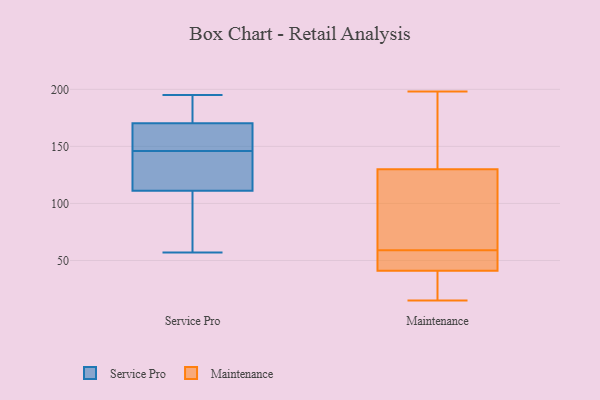
{"axis": {"x": "Inventory Turnover", "y": "Value"}, "legend": ["Maintenance", "Service Pro"], "data": [{"x": "", "y": 115, "type": "Service Pro"}, {"x": "", "y": 189, "type": "Service Pro"}, {"x": "", "y": 190, "type": "Service Pro"}, {"x": "", "y": 60, "type": "Service Pro"}, {"x": "", "y": 171, "type": "Service Pro"}, {"x": "", "y": 119, "type": "Service Pro"}, {"x": "", "y": 160, "type": "Service Pro"}, {"x": "", "y": 152, "type": "Service Pro"}, {"x": "", "y": 118, "type": "Service Pro"}, {"x": "", "y": 90, "type": "Service Pro"}, {"x": "", "y": 57, "type": "Service Pro"}, {"x": "", "y": 160, "type": "Service Pro"}, {"x": "", "y": 140, "type": "Service Pro"}, {"x": "", "y": 195, "type": "Service Pro"}, {"x": "", "y": 99, "type": "Service Pro"}, {"x": "", "y": 170, "type": "Service Pro"}, {"x": "", "y": 146, "type": "Service Pro"}, {"x": "", "y": 40, "type": "Maintenance"}, {"x": "", "y": 30, "type": "Maintenance"}, {"x": "", "y": 127, "type": "Maintenance"}, {"x": "", "y": 118, "type": "Maintenance"}, {"x": "", "y": 198, "type": "Maintenance"}, {"x": "", "y": 52, "type": "Maintenance"}, {"x": "", "y": 131, "type": "Maintenance"}, {"x": "", "y": 15, "type": "Maintenance"}, {"x": "", "y": 59, "type": "Maintenance"}, {"x": "", "y": 132, "type": "Maintenance"}, {"x": "", "y": 44, "type": "Maintenance"}]}